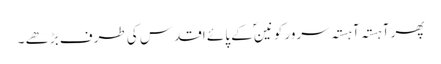
پھر آہستہ آہستہ سرور کونینؐ کے پائے اقدس کی طرف بڑھے ۔